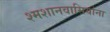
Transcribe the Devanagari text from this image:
श्मशानवासियांना